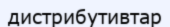
дистрибутивтар